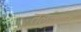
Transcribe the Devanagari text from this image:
तलुक्यात